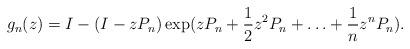
LaTeX: \begin{align*} g_n(z)=I-(I-zP_n)\exp(zP_n+\frac{1}{2}z^2P_n+\ldots+\frac{1}{n}z^nP_n). \end{align*}